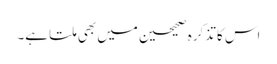
اس کا تذکرہ صحیحین میں بھی ملتا ہے۔